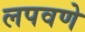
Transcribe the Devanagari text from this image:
लपवणे